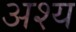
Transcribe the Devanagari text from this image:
अश्य